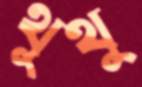
থুথু